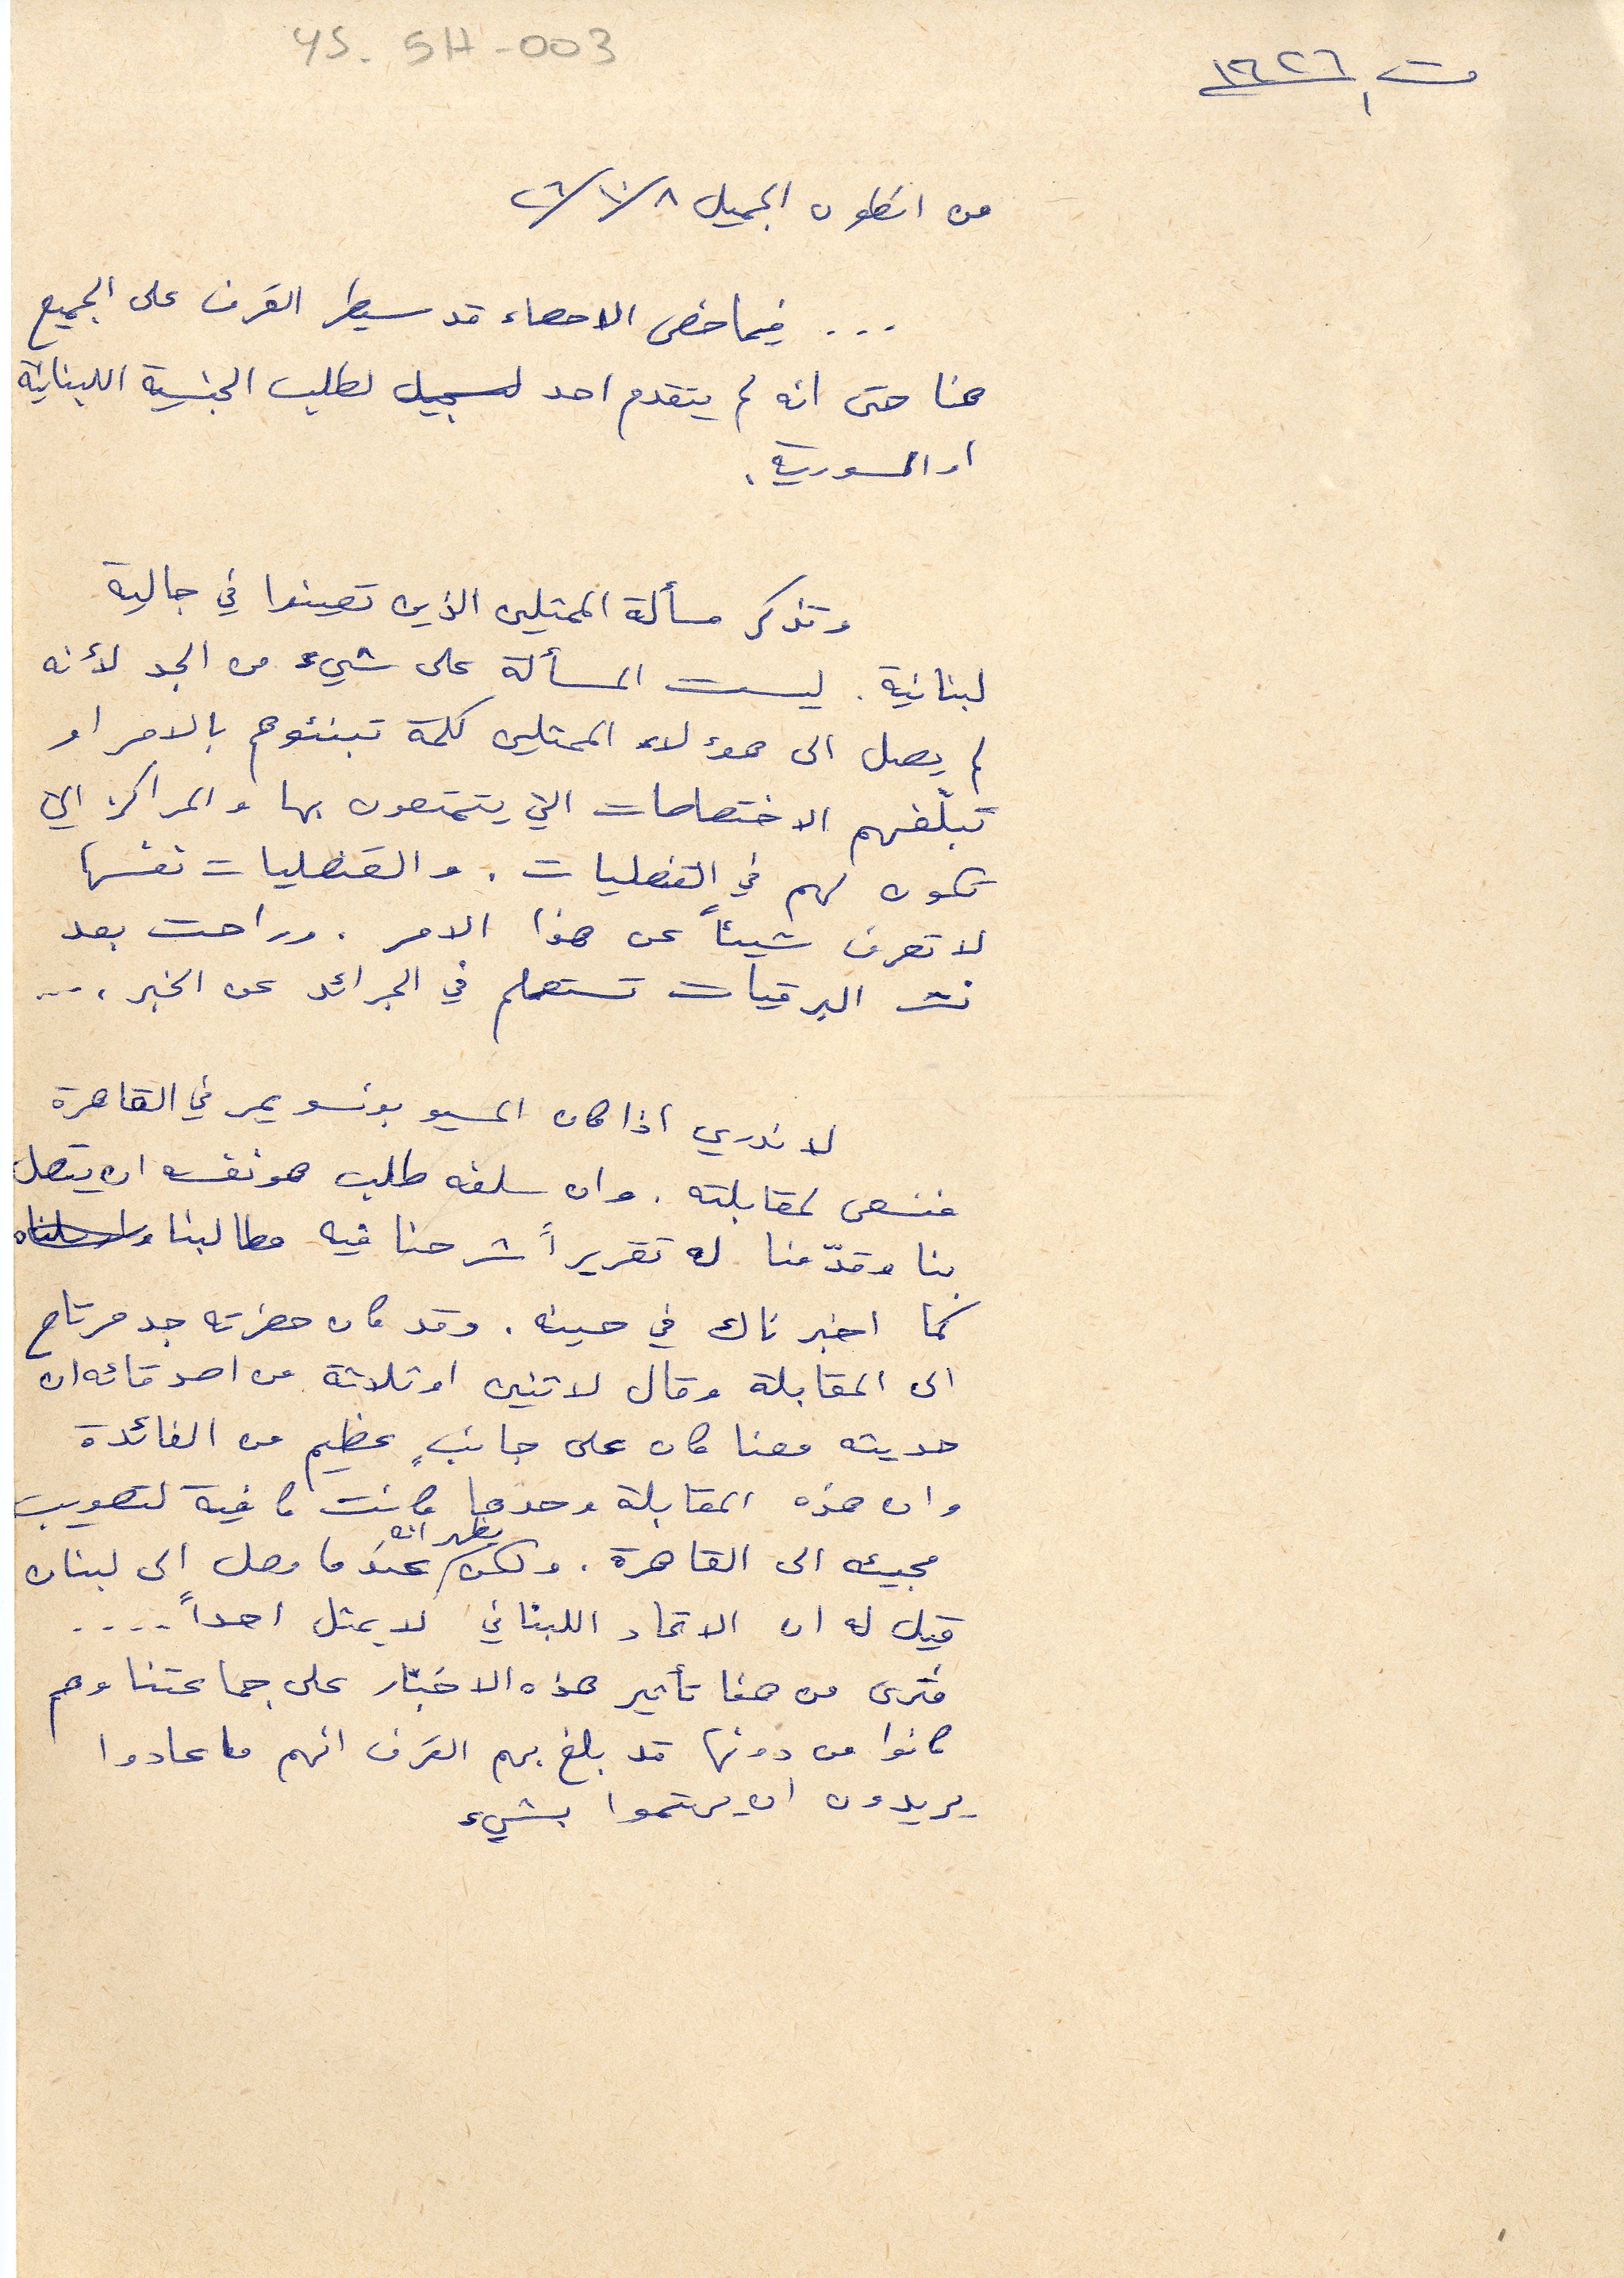
YS-54-003
ت١ ١٩٢٦
من انطون الجميل ٨ /١٠/ ٢٦
... فيما خص الاحصاء قد سيطر القرف على الجميع
هنا حتى انه لم يتقدم احد لتسجيل طلب الجنسية اللبنانية
او السورية
وتذكر مسألة الممثلين الين تعينوا في جالية
لبنانية. ليست المسألة على شيئ من الجد لأنه
لم يصل الى هؤلاء الممثلين كلمة تنبئوهم بالامر او
تبلغهم الاختصاصات التي يتمتعون بها والمراكز التي
تكون لهم في القنصليات . والقنصليات نفسها
لا تعرف شيئًا عن هذا الامر . وراحت بعد
نشر البرقيات تستعلم في الجرائد عن الخبر،...
لا ندري اذا كان المسيو بونسو يمر في القاهرة
فنسعى لمقابلته . وان سلفه طلب هو نفسه ان يتصل
بنا وقدّمنا له تقريراً شرحنا في مطالبنا
كما اخبرناك في حينه. وقد كان حضرته جد مرتاح
الى المقابلة وقال لاثنين او ثلاثة من اصدقائه ان
حديثه معنا كان على جانبٍ عظيم من الفائدة
وان هذه المقابلة وحدها كانت كافية لتصويب
مجيئه الى القاهرة. ولكن يظهر انه عندما وصل الى لبنان
قيل له ان الاتحاد اللبناني لا يمثل احداً...
فترى من هنا تأثير هذه الاخبار على جماعتنا وهم
كانوا من دونها قد بلغ بهم القرف انهم ما عادوا
يريدون ان يهتموا بشيء